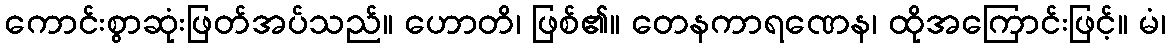
ကောင်းစွာဆုံးဖြတ်အပ်သည်။ ဟောတိ၊ ဖြစ်၏။ တေနကာရဏေန၊ ထိုအကြောင်းဖြင့်။ မံ၊